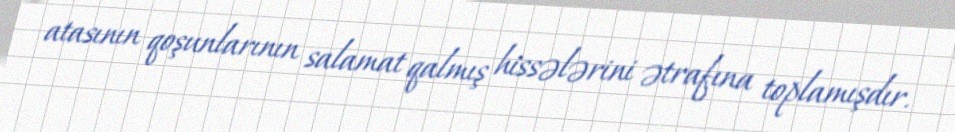
atasının qoşunlarının salamat qalmış hissələrini ətrafına toplamışdır.